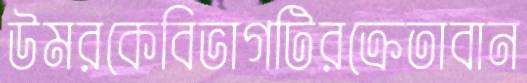
উমরকেবিভাগটিরক্রেতাবান